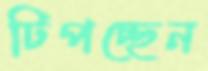
টিপচ্ছেন